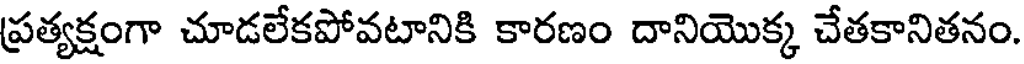
ప్రత్యక్షంగా చూడలేకపోవటానికి కారణం దానియొక్క చేతకానితనం.